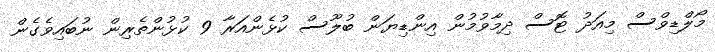
މޯލްޑިވްސް މިއަދު ޓޮސް ދިމާވުމުން އިންޑިޔަން ބުލޫސް ކުޅެންއަރާ 9 ކުޅުންތެރިން ނުބައިވެގެން